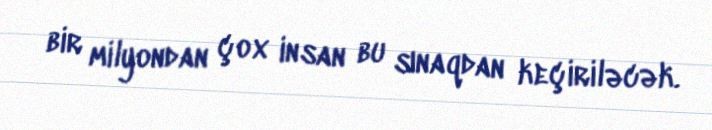
bir milyondan çox insan bu sınaqdan keçiriləcək.